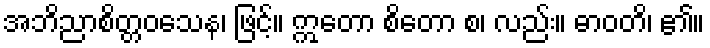
အဘိညာစိတ္တဝသေန၊ ဖြင့်။ ဣတော စိတော စ၊ လည်း။ ဓာဝတိ၊ ၏။